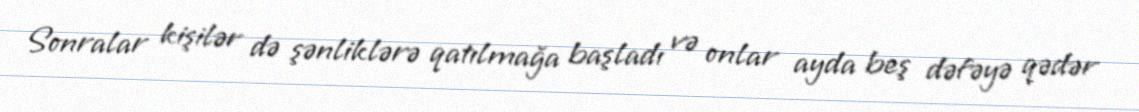
Sonralar kişilər də şənliklərə qatılmağa başladı və onlar ayda beş dəfəyə qədər